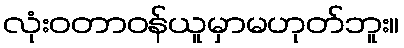
လုံးဝတာဝန်ယူမှာမဟုတ်ဘူး။